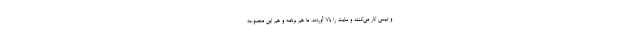
و تیمی کار می‌کنند و سایت را بالا آوردند. ما هم برنامه و هم این مجموعه